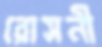
রোসনী